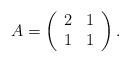
LaTeX: \begin{align*} A = \left( \begin{array}{cc} 2 & 1 \\ 1 & 1 \end{array} \right).\end{align*}